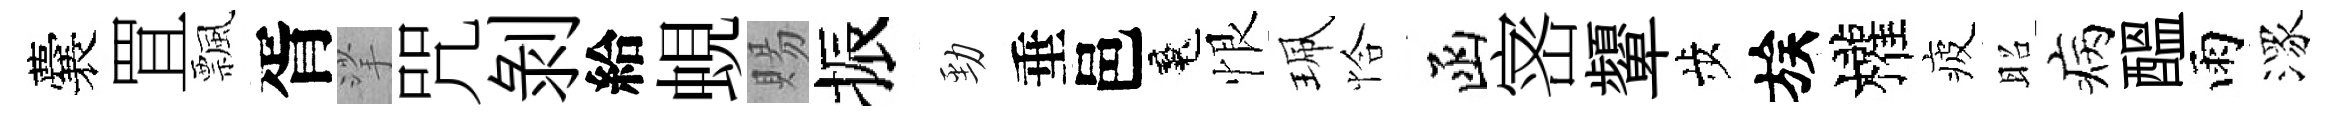
囊罝飄胥挲咒剝給蜆賜振勁垂邑魂恨珮恰函宻顰歩族權疲昭病醖雨潈